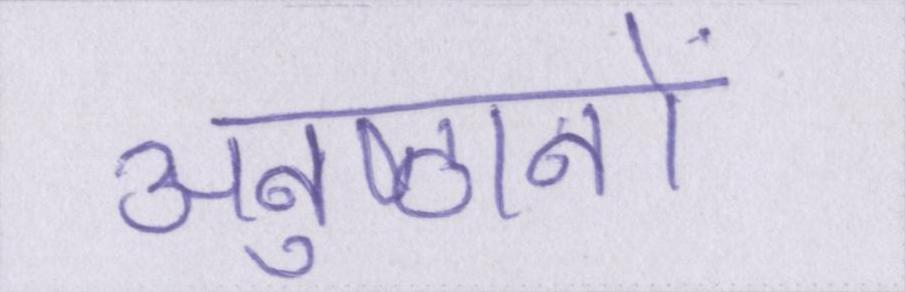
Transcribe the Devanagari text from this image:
अनुष्ठानों